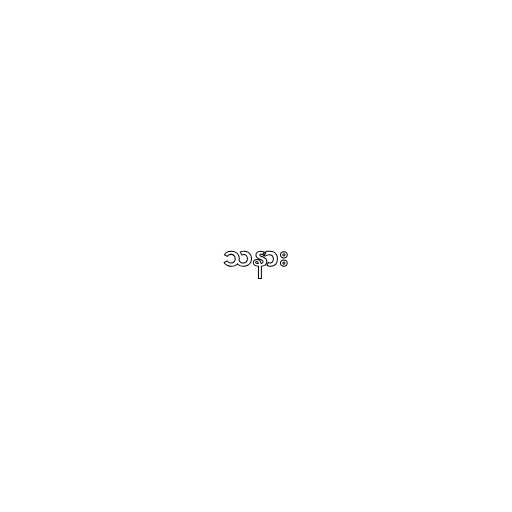
သနား